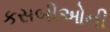
કસબીઓની